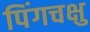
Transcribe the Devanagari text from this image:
पिंगचक्षु